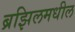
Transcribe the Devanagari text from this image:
ब्रझिलमधील